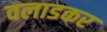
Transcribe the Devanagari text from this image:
वलाडकर